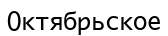
Октябрьское